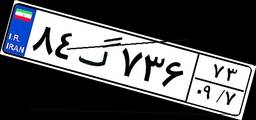
۸۴گ۷۳۶۷۳